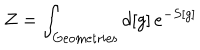
Z = \int _ { \mathrm { G e o m e t r i e s } } d [ g ] \, e ^ { - S [ g ] }